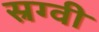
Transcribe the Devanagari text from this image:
स्रग्वी